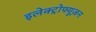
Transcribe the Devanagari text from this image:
इलेक्ट्रोफ्यूज़न